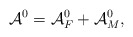
\begin{align*}{\cal A}^0 = {\cal A}^0_F + {\cal A}^0_M,\end{align*}